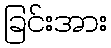
ခြင်းအား